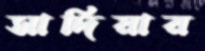
সাদিয়ার